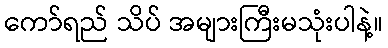
ကော်ရည် သိပ် အများကြီးမသုံးပါနဲ့။